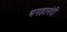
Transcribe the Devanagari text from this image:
भगहानंदी